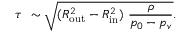
\tau ~ \sim \sqrt { ( R _ { \mathrm { o u t } } ^ { 2 } - R _ { \mathrm { i n } } ^ { 2 } ) ~ \frac { \rho } { p _ { 0 } - p _ { v } } } .